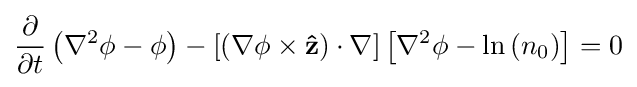
{\frac {\partial }{\partial t}}\left(\nabla ^{2}\phi -\phi \right)-\left[\left(\nabla \phi \times \mathbf {\hat {z}} \right)\cdot \nabla \right]\left[\nabla ^{2}\phi -\ln \left(n_{0}\right)\right]=0